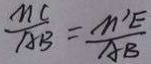
\frac { M C } { A B } = \frac { m ^ { \prime } E } { A B }